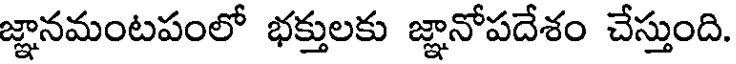
జ్ఞానమంటపంలో భక్తులకు జ్ఞానోపదేశం చేస్తుంది.